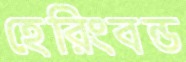
হেরিংবন্ড